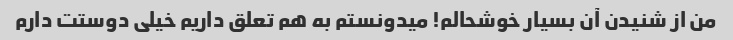
من از شنیدن آن بسیار خوشحالم! میدونستم به هم تعلق داریم خیلی دوستت دارم